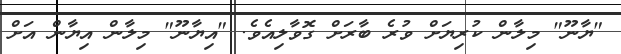
"ޔާނޫ" މިލާން ކުރިޔަށް ވުރެ ބާރަށް ގޮވާލިއެވެ. "އިޔާނޫ" މިލާން އިޔާން އަށް